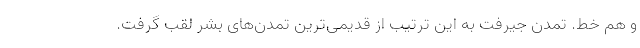
و هم خط. تمدن جیرفت به این ترتیب از قدیمی‌ترین تمدن‌های بشر لقب گرفت.